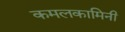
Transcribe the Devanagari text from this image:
कमलकामिनी